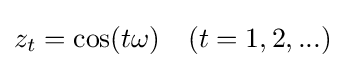
z_{t}=\cos(t\omega )\quad (t=1,2,...)